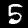
Label: 5